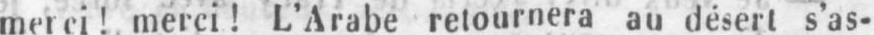
merci! merci! L’Arabe retournera au désert s’as-